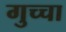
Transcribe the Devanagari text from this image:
गुच्चा